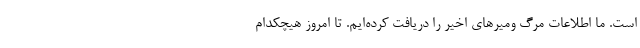
است. ما اطلاعات مرگ‌ ومیرهای اخیر را دریافت کرده‌ایم. تا امروز هیچکدام